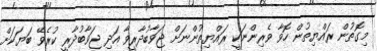
މިގޮތުން ރައްޔިތުން ހޮވާ ވެރިންނަކީ ރައްޔިތުންނަށް ޖަވާބުދާރީވާ އަދި ޖަވާބުދާރީ ކުރެވޭ ބަޔަކަށް